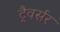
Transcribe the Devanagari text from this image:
ट्रैवर्सर